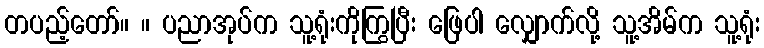
တပည့်တော်။ ။ ပညာအုပ်က သူ့ရုံးကိုကြွပြီး ဖြေပါ လျှောက်လို့ သူ့အိမ်က သူ့ရုံး